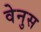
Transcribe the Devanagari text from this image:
वेनुस